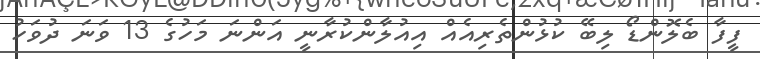
ފީފާ ބެލޮންޑޯ ލިބޭ ކުޅުންތެރިއެއް އިއުލާންކުރާނީ އަންނަ މަހުގެ 13 ވަނަ ދުވަހު